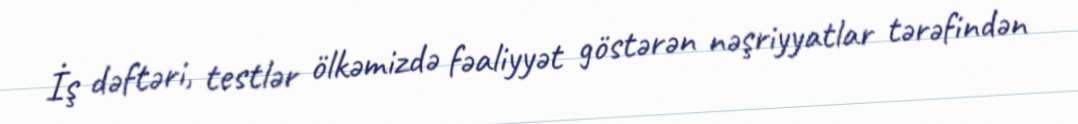
İş dəftəri, testlər ölkəmizdə fəaliyyət göstərən nəşriyyatlar tərəfindən